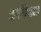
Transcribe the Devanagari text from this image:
ऋषीकेशला